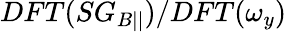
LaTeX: DFT(SG_{B||})/DFT(\omega_{y})